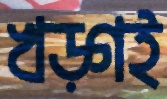
খড়্গই